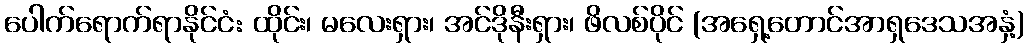
ပေါက်ရောက်ရာနိုင်ငံ: ထိုင်း၊ မလေးရှား၊ အင်ဒိုနီးရှား၊ ဖိလစ်ပိုင် (အရှေ့တောင်အာရှဒေသအနှံ့)